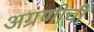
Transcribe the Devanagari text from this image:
अग्रणीची